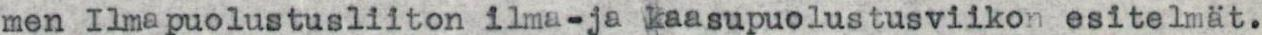
men Ilmapuolustusliiton ilma-ja kaasupuolustusviikon esitelmät.